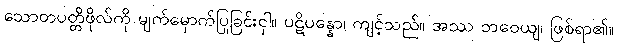
သောတပတ္တိဖိုလ်ကို မျက်မှောက်ပြုခြင်းငှါ။ ပဋိပန္နော၊ ကျင့်သည်။ အဿ ဘဝေယျ၊ ဖြစ်ရာ၏။